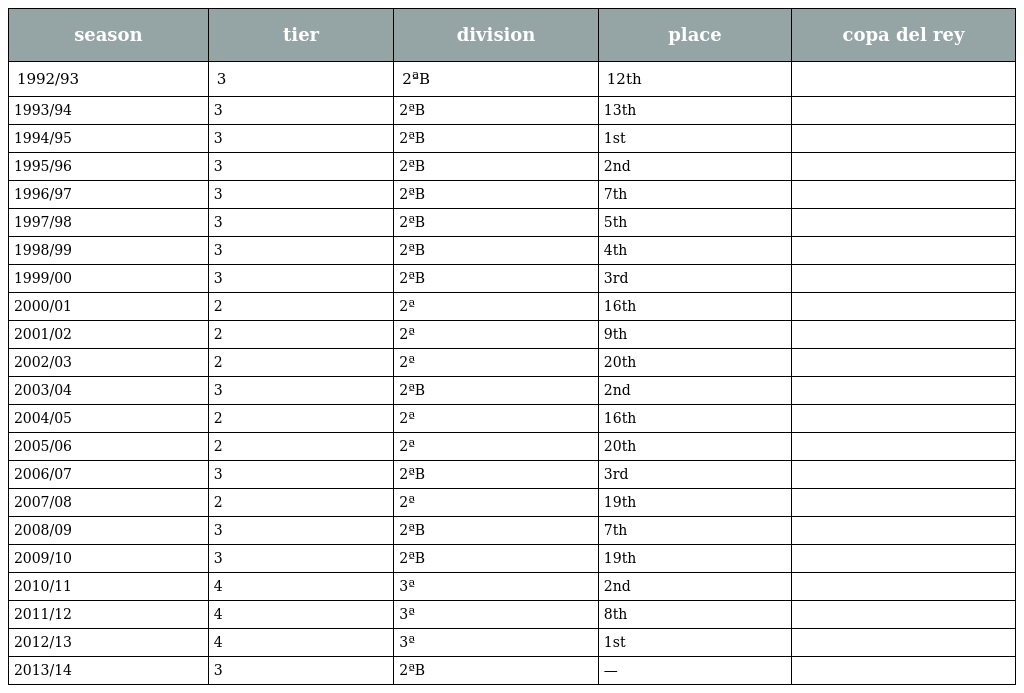
| season | tier | division | place | copa del rey |
 | --- | --- | --- | --- | --- |
 | 1992/93 | 3 | 2ªB | 12th |  |
 | 1993/94 | 3 | 2ªB | 13th |  |
 | 1994/95 | 3 | 2ªB | 1st |  |
 | 1995/96 | 3 | 2ªB | 2nd |  |
 | 1996/97 | 3 | 2ªB | 7th |  |
 | 1997/98 | 3 | 2ªB | 5th |  |
 | 1998/99 | 3 | 2ªB | 4th |  |
 | 1999/00 | 3 | 2ªB | 3rd |  |
 | 2000/01 | 2 | 2ª | 16th |  |
 | 2001/02 | 2 | 2ª | 9th |  |
 | 2002/03 | 2 | 2ª | 20th |  |
 | 2003/04 | 3 | 2ªB | 2nd |  |
 | 2004/05 | 2 | 2ª | 16th |  |
 | 2005/06 | 2 | 2ª | 20th |  |
 | 2006/07 | 3 | 2ªB | 3rd |  |
 | 2007/08 | 2 | 2ª | 19th |  |
 | 2008/09 | 3 | 2ªB | 7th |  |
 | 2009/10 | 3 | 2ªB | 19th |  |
 | 2010/11 | 4 | 3ª | 2nd |  |
 | 2011/12 | 4 | 3ª | 8th |  |
 | 2012/13 | 4 | 3ª | 1st |  |
 | 2013/14 | 3 | 2ªB | — |  |